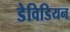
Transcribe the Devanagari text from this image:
डेविडियन